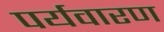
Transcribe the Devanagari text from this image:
पर्यवारण